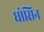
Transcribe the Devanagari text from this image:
धोसिन